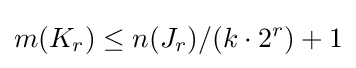
m(K_{r})\leq n(J_{r})/(k\cdot 2^{r})+1